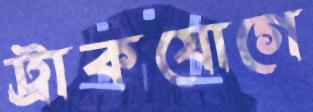
ট্রাকযোগে